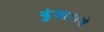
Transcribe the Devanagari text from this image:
झुंजारपणे